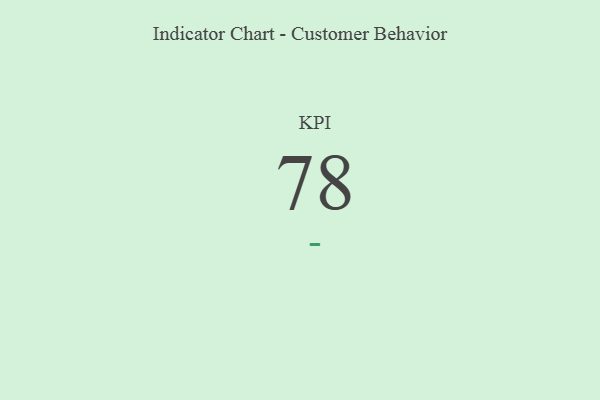
{"axis": {"x": "KPI", "y": "Value"}, "legend": [""], "data": [{"x": "KPI", "y": 78, "type": ""}]}